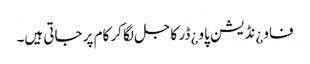
فاو ¿نڈیشن پاو ¿ڈر کاجل لگا کر کام پر جاتی ہیں۔